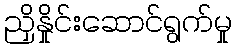
ညှိနှိုင်းဆောင်ရွက်မှု